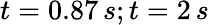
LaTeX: t=0.87\, s;t=2\, s